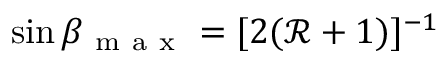
\sin { \beta } _ { \mathrm { ~ m ~ a ~ x ~ } } = [ 2 ( \mathcal { R } + 1 ) ] ^ { - 1 }